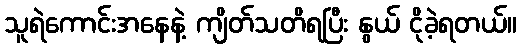
သူရဲကောင်းအနေနဲ့ ကျိတ်သတိရပြီး နွယ် ငိုခဲ့ရတယ်။